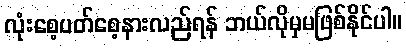
လုံးစေ့ပတ်စေ့နားလည်ရန် ဘယ်လိုမှမဖြစ်နိုင်ပါ။